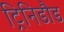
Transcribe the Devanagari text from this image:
ट्रिनिडौड